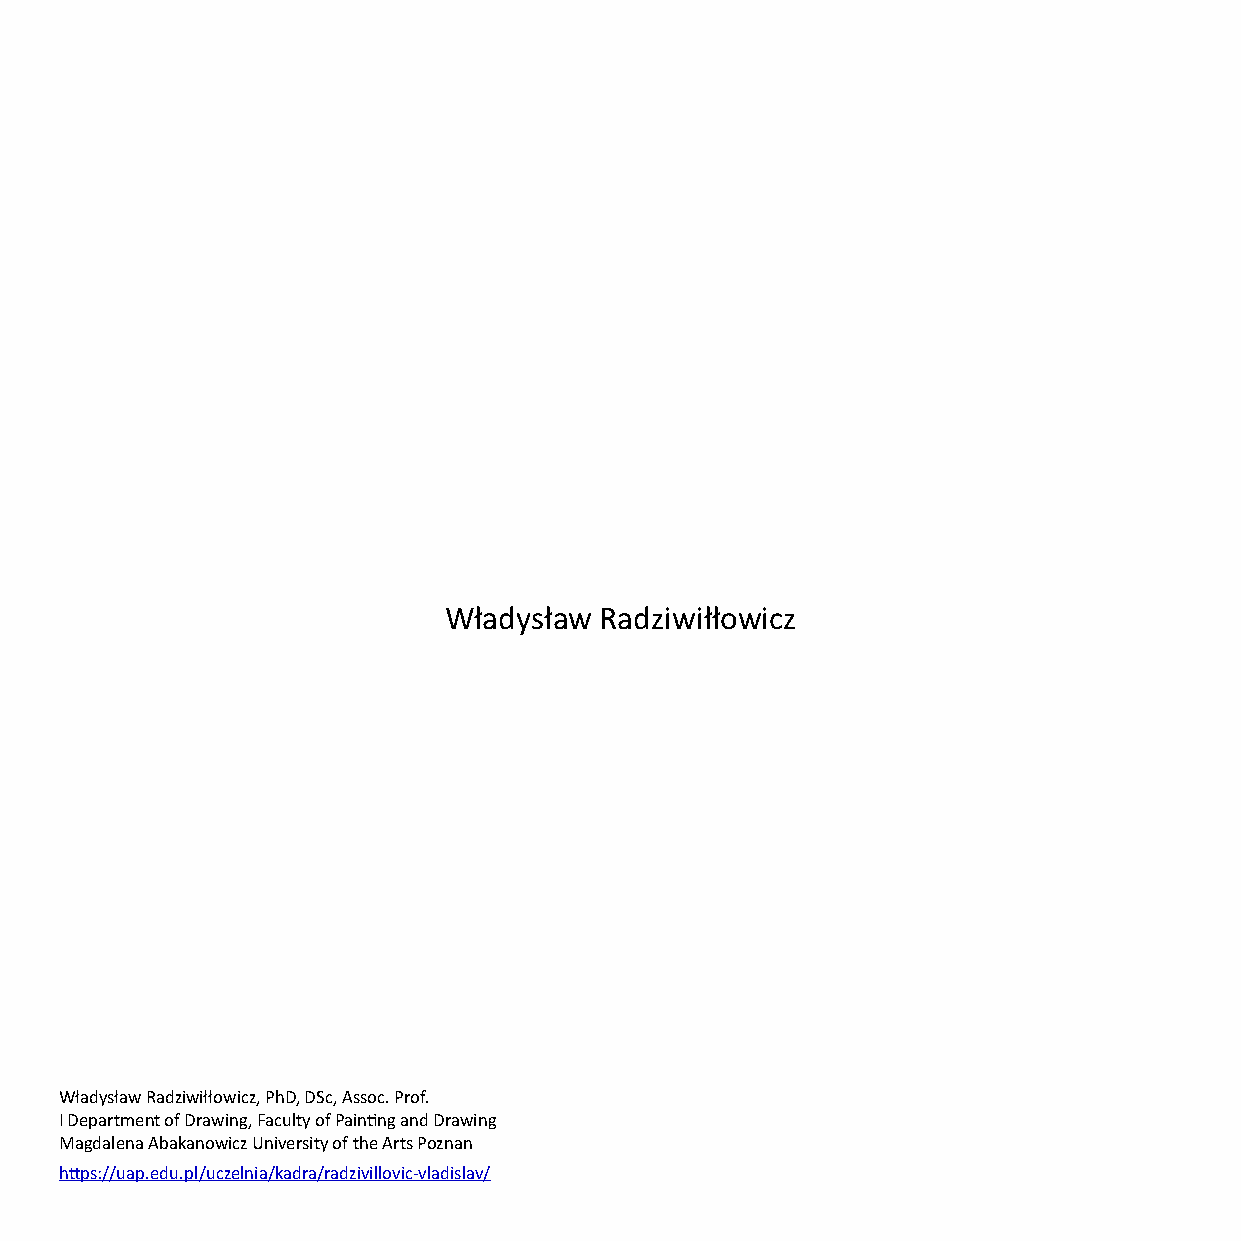
Władysław  Radziwiłłowicz
 Władysław Radziwiłłowicz, PhD, DSc, Assoc. Prof.
 I Department of Drawing, Faculty of Painng and Drawing
 Magdalena Abakanowicz University of the Arts Poznan
 hps://uap.edu.pl/uczelnia/kadra/radzivillovic-vladislav/